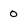
Character: 0